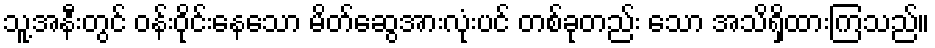
သူ့အနီးတွင် ဝန်းဝိုင်းနေသော မိတ်ဆွေအားလုံးပင် တစ်ခုတည်း သော အသိရှိထားကြသည်။